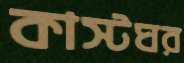
কাস্টঘর